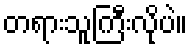
တရားသူကြီးလိုပဲ။